Report of the Bombay Veterinary College
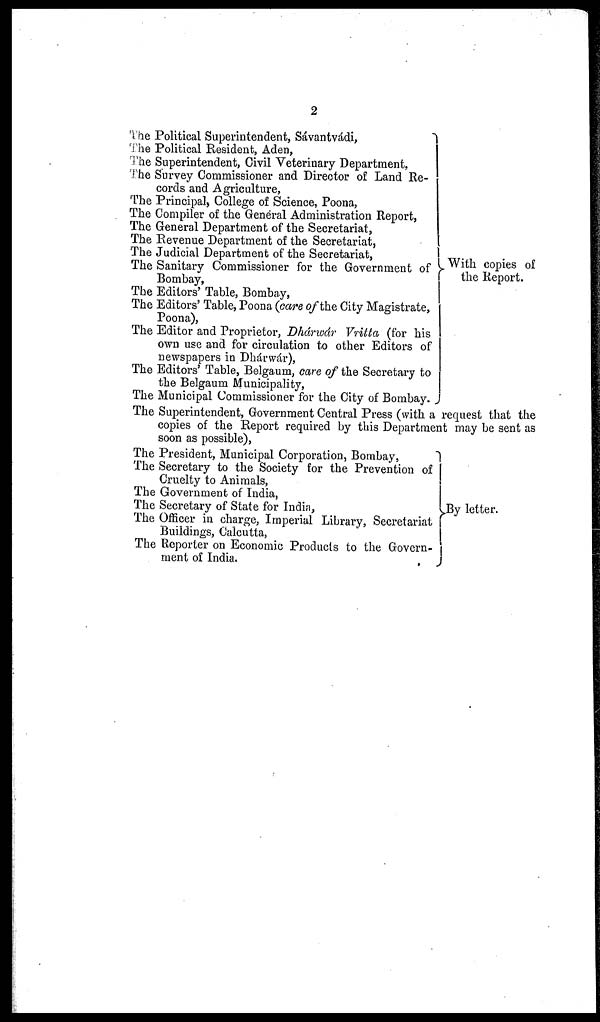
2
The Political Superintendent, Sávantvádi,
The Political Resident, Aden,
The Superintendent, Civil Veterinary Department,
The Survey Commissioner and Director of Land Re-
cords and Agriculture,
The Principal, College of Science, Poona,
The Compiler of the General Administration Report,
The General Department of the Secretariat,
The Revenue Department of the Secretariat,
The Judicial Department of the Secretariat,
The Sanitary Commissioner for the Government of
Bombay,
The Editors' Table, Bombay,
The Editors' Table, Poona (care of the City Magistrate,
Poona),
The Editor and Proprietor, Dhárwár Vritta (for his
own use and for circulation to other Editors of
newspapers in Dhárwár),
The Editors' Table, Belgaum, care of the Secretary to
the Belgaum Municipality,
The Municipal Commissioner for the City of Bombay.
With copies of
the Report.
The Superintendent, Government Central Press (with a request that the
copies of the Report required by this Department may be sent as
soon as possible),
The President, Municipal Corporation, Bombay,
The Secretary to the Society for the Prevention of
Cruelty to Animals,
The Government of India,
The Secretary of State for India,
The Officer in charge, Imperial Library, Secretariat
Buildings, Calcutta,
The Reporter on Economic Products to the Govern-
ment of India.
By letter.